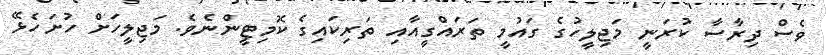
ވެސް ދިރާސާ ކުރަނީ މަޖިލީހުގެ ގައުމީ ތަރައްގީއާއި ތަރިކައިގެ ކޮމިޓީންނެވެ. މަޖިލީހަށް ހުށަހެޅޭ